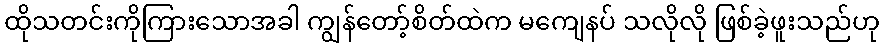
ထိုသတင်းကိုကြားသောအခါ ကျွန်တော့်စိတ်ထဲက မကျေနပ် သလိုလို ဖြစ်ခဲ့ဖူးသည်ဟု